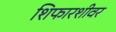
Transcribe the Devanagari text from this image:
शिफारशीवर